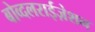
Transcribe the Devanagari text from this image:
बोव्दलराईज़ेशन